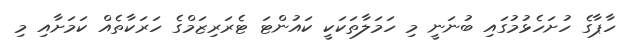
ހާޕާގެ ހުށަހެޅުމުގައި ބުނަނީ މި ހަމަލާތަކަކީ ކައުންޓަ ޓެރަރިޒަމްގެ ހަރަކާތެއް ކަމަށާއި މި